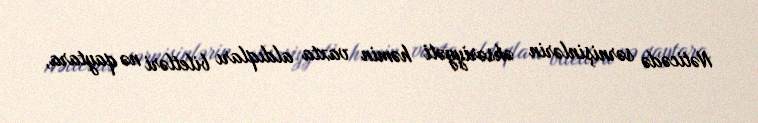
Nəticədə sərnişinlərin əksəriyyəti həmin vaxta aldıqları biletləri nə qaytara,